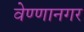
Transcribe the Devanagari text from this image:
वेण्णानगर